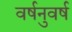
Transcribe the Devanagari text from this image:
वर्षनुवर्ष